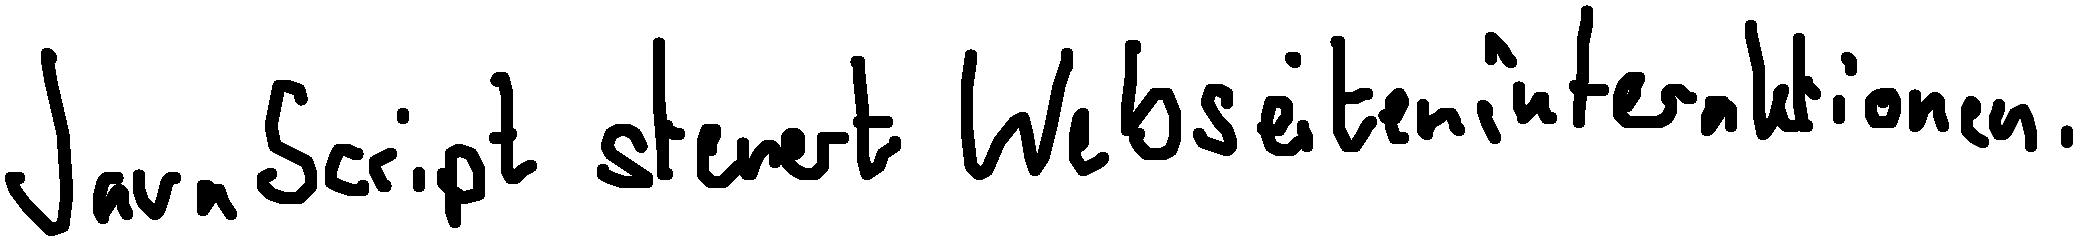
JavaScript steuert Webseiteninteraktionen.